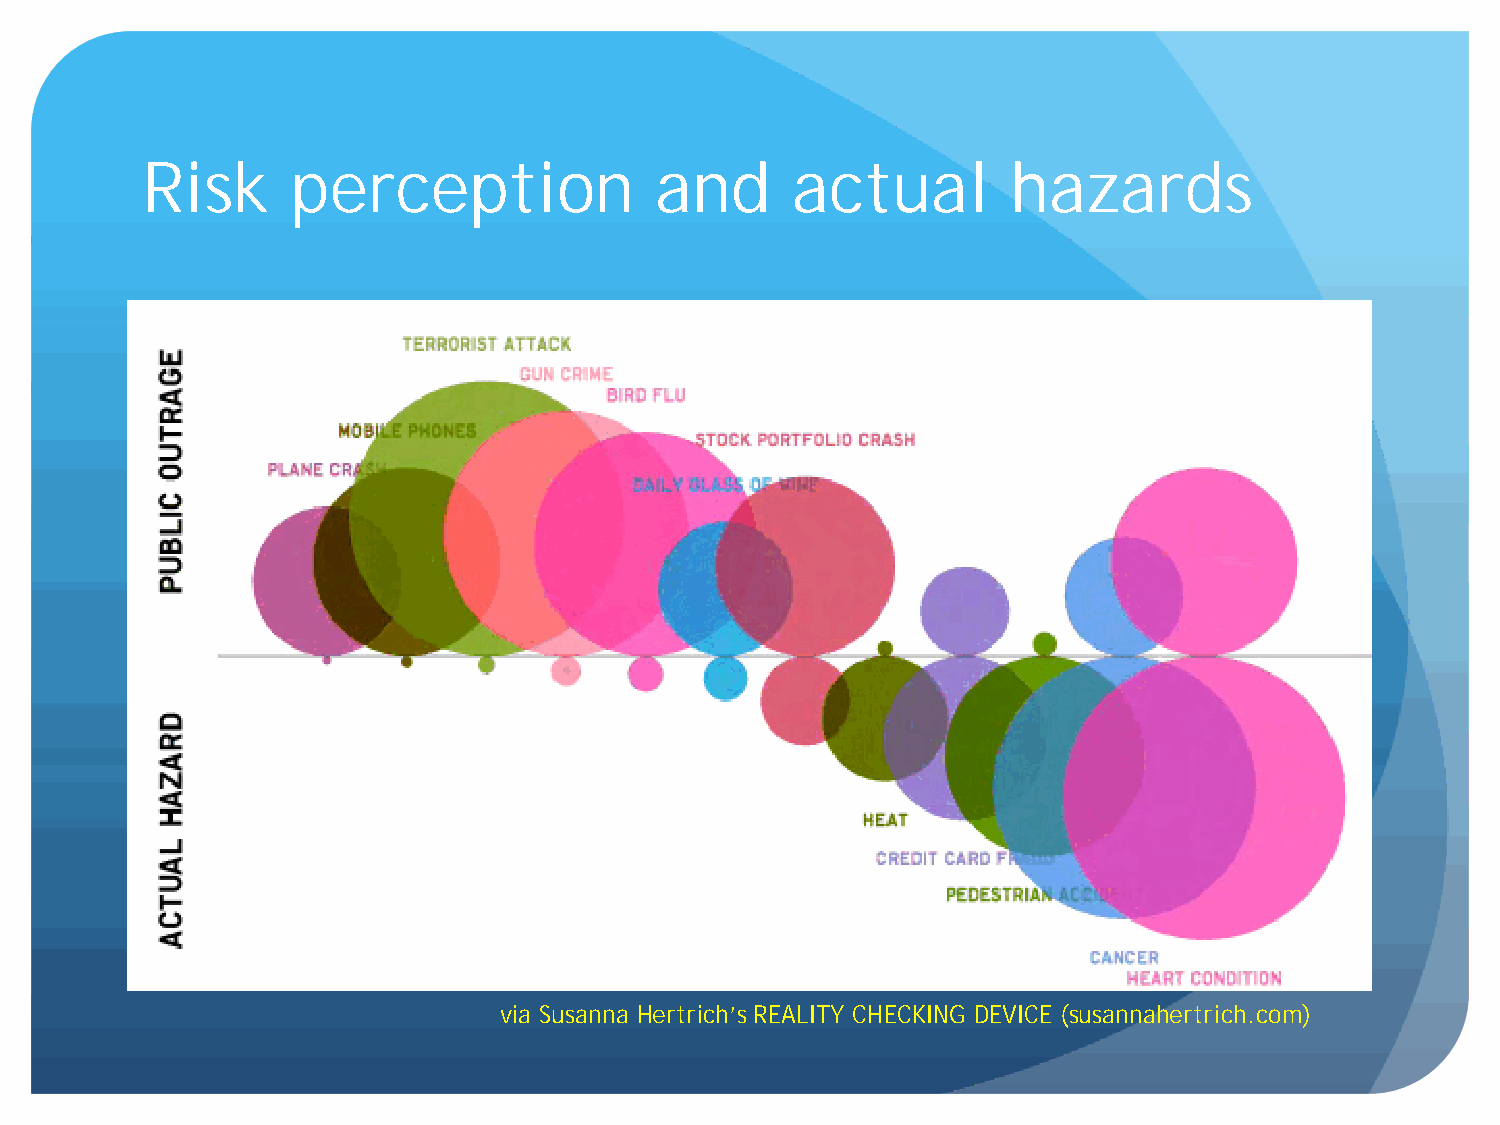
Risk      perception              and      actual         hazards
 via Susanna Hertrich’s REALITY CHECKING DEVICE (susannahertrich.com)